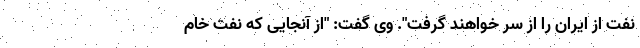
نفت از ایران را از سر خواهند گرفت". وی گفت: "از آنجایی که نفت خام